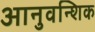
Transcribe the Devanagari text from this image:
आनुवन्शिक